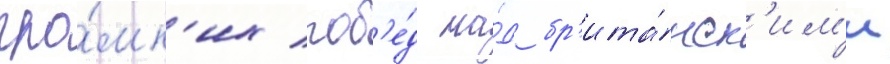
гро́мк'их поб'е́д на́д бр'ита́нск'им'и